Lunatic asylums Madras 1877-1891 - 1877-1891
Year: 1877
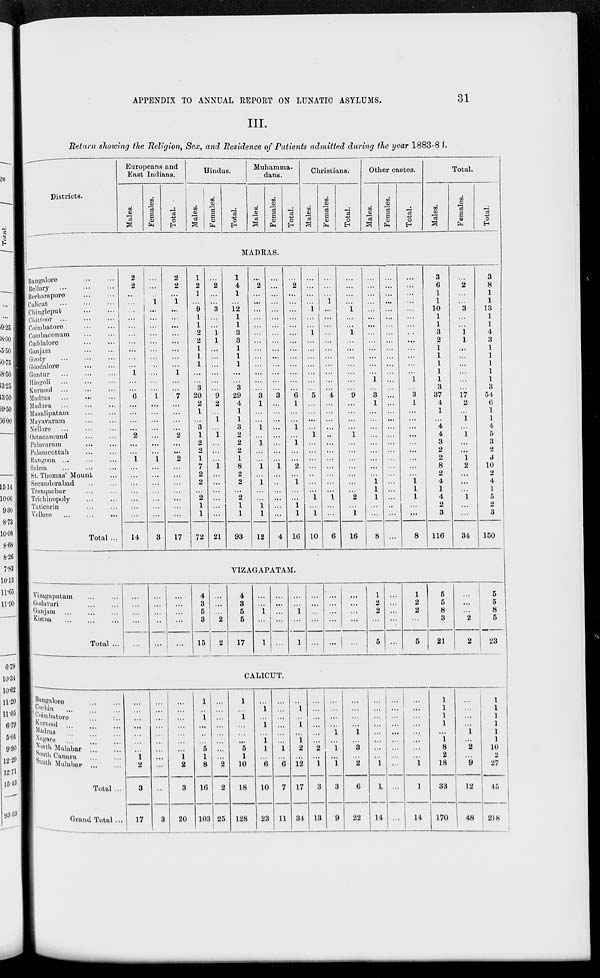
APPENDIX TO ANNUAL REPORT ON LUNATIC ASYLUMS.
31
III.
Return showing the Religion, Sex, and Residence of Patients admitted during the year 1883-84.
Districts.
Europeans and
East Indians.
Males.
Females.
Total.
Hindus.
Males.
Females.
Total.
Muhamma-
dans.
Males.
Females.
Total.
Christians.
Males.
Females.
Total.
Other castes.
Males.
Females.
Total.
Total.
Males.
Females.
Total.
MADRAS.
Bangalore ... ...
Bellary ... ... ...
Berhampore ... ...
Calicut ... ... ...
Chingleput ... ...
Chittoor ... ... ...
Coimbatore ... ...
Combaconum ... ...
Cuddalore ... ...
Ganjam ... ...
Gooty ... ... ...
Goodalore ... ...
Guntur ... ... ...
Hingoli ... ... ...
Kurnool ... ... ...
Madras ... ... ...
Madura ... ... ...
Masulipatam ... ...
Mayavaram ... ...
Nellore ... ... ...
Ootaoamund ... ...
Palavaram ... ...
Palamcottah ... ...
Rangoon ... ... ...
Salem ... ... ...
St. Thomas' Mount ...
Secunderabad ... ...
Tranquebar ... ...
Trichinopoly ... ...
Tuticorin ... ...
Vellore ... ... ...
Total ...
2
2
...
...
...
...
...
...
...
...
...
...
1
...
...
6
...
...
...
...
2
...
...
1
...
...
...
...
...
...
...
14
...
...
...
1
...
...
...
...
...
...
...
...
...
...
...
1
...
...
...
...
...
...
...
1
...
...
...
...
...
...
...
3
2
2
...
1
...
...
...
...
...
...
...
...
1
...
...
7
...
...
...
...
2
...
...
2
...
...
...
...
...
...
...
17
1
2
1
...
9
1
1
2
2
1
1
1
...
...
3
20
2
1
...
3
1
2
2
1
7
2
2
...
2
1
1
72
...
2
...
...
3
...
...
1
1
...
...
...
...
...
...
9
2
...
1
...
1
...
...
...
1
...
...
...
...
...
...
21
1
4
1
...
12
1
1
3
3
1
1
1
...
...
3
29
4
1
1
3
2
2
2
1
8
2
2
...
2
1
1
93
...
2
...
...
...
...
...
...
...
...
...
...
...
...
...
3
1
...
...
1
...
1
...
...
1
...
1
...
...
1
1
12
...
...
...
...
...
...
...
...
...
...
...
...
...
...
...
3
...
...
...
...
...
...
...
...
1
...
...
...
...
...
...
4
...
2
...
...
...
...
...
...
...
...
...
...
...
...
...
6
1
...
...
1
...
1
...
...
2
...
1
...
...
1
1
16
...
...
...
...
1
...
...
1
...
...
...
...
...
...
...
5
...
...
...
...
1
...
...
...
...
...
...
...
1
...
1
10
...
...
...
1
...
...
...
...
...
...
...
...
...
...
...
4
...
...
...
...
...
...
...
...
...
...
...
...
1
...
...
6
...
...
...
...
1
...
...
1
...
...
...
...
...
...
...
9
...
...
...
...
1
...
...
...
...
...
...
...
2
...
1
16
...
...
...
...
...
...
...
...
...
...
...
...
...
1
...
3
1
...
...
...
...
...
...
...
...
...
1
1
1
...
...
8
...
...
...
...
...
...
...
...
...
...
...
...
...
...
...
...
...
...
...
...
...
...
...
...
...
...
...
...
...
...
...
...
...
...
...
...
...
...
...
...
...
...
...
...
...
1
...
3
1
...
...
...
...
.. .
...
...
...
...
1
1
1
...
...
8
3
6
1
1
10
1
1
3
2
1
1
1
1
1
3
37
4
1
...
4
4
3
2
2
8
2
4
1
4
2
3
116
...
2
...
...
3
...
...
1
1
...
...
...
...
...
...
17
2
...
1
...
1
...
...
1
2
...
...
...
1
...
...
34
3
8
1
1
13
1
1
4
3
1
1
1
1
1
3
54
6
1
1
4
5
3
2
3
10
2
4
1
5
2
3
150
VIZAGAPATAM.
Vizagapatam ... ...
Godavari ... ...
Ganjam ... ... ...
Kistna ... ... ...
Total ...
...
...
...
...
...
...
...
...
...
...
...
...
...
...
...
4
3
5
3
15
...
...
...
2
2
4
3
5
5
17
...
...
1
...
1
...
...
...
...
...
...
...
1
...
1
...
...
...
...
...
...
...
...
...
...
...
...
...
...
...
1
2
2
...
5
...
...
...
...
...
1
2
2
...
5
5
5
8
3
21
...
...
...
2
2
5
5
8
5
23
CALICUT.
Bangalore ... ...
Cochin ... ... ...
Coimbatore ... ...
Kurnool ... ... ...
Madras ... ... ...
Nagore ... ... ...
North Malabar ... ...
South Canara ... ...
South Malabar ... ...
Total ...
Grand Total ...
...
...
...
...
...
...
...
1
2
3
17
...
...
...
...
...
...
...
...
...
...
3
...
...
...
...
...
...
...
1
2
3
20
1
...
1
...
...
...
5
1
8
16
103
...
...
...
...
...
...
...
...
2
2
25
1
...
1
...
...
...
5
1
10
18
128
...
1
...
1
...
1
1
...
6
10
23
...
...
...
...
...
...
1
...
6
7
11
...
1
...
1
...
1
2
...
12
17
34
...
...
...
...
...
...
2
...
1
3
13
...
...
...
...
1
...
1
...
1
3
9
...
...
...
...
1
...
3
...
2
6
22
...
...
...
...
...
...
...
...
1
1
14
...
...
...
...
...
...
...
...
...
...
...
...
...
...
...
...
...
...
...
1
1
14
1
1
1
1
...
1
8
2
18
33
170
...
...
...
...
1
...
2
...
9
12
48
1
1
1
1
1
1
10
2
27
45
218